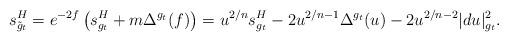
LaTeX: \begin{align*}s^H_{\tilde{g}_t} = e^{-2f}\left(s^H_{g_t} + m\Delta^{g_t}(f)\right)= u^{2/n} s^H_{g_t} - 2u^{2/n-1}\Delta^{g_t}(u) - 2u^{2/n-2}|du|^2_{g_t}.\end{align*}